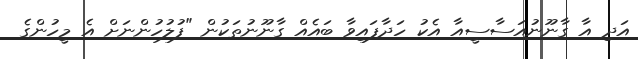
އަދި އާ ގާނޫނުއަސާސީއާ އެކު ހަދާފައިވާ ބައެއް ގާނޫނުތަކުން "ފުލުހުންނަށް އެ މީހުންގެ